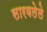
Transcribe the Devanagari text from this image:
सारवलेले